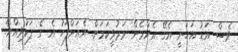
ވެސް އަޑު އަހަނީ އެގޭ އެންމެން މަރުވީކަމަށް. އެއަށްފަހު އެ ގެ ފަޅުވިއްޔޯ.